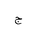
Letter: _gim